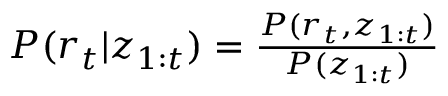
\begin{array} { r } { P ( r _ { t } | \boldsymbol { z } _ { 1 : t } ) = \frac { P ( r _ { t } , \boldsymbol { z } _ { 1 : t } ) } { P ( \boldsymbol { z } _ { 1 : t } ) } } \end{array}